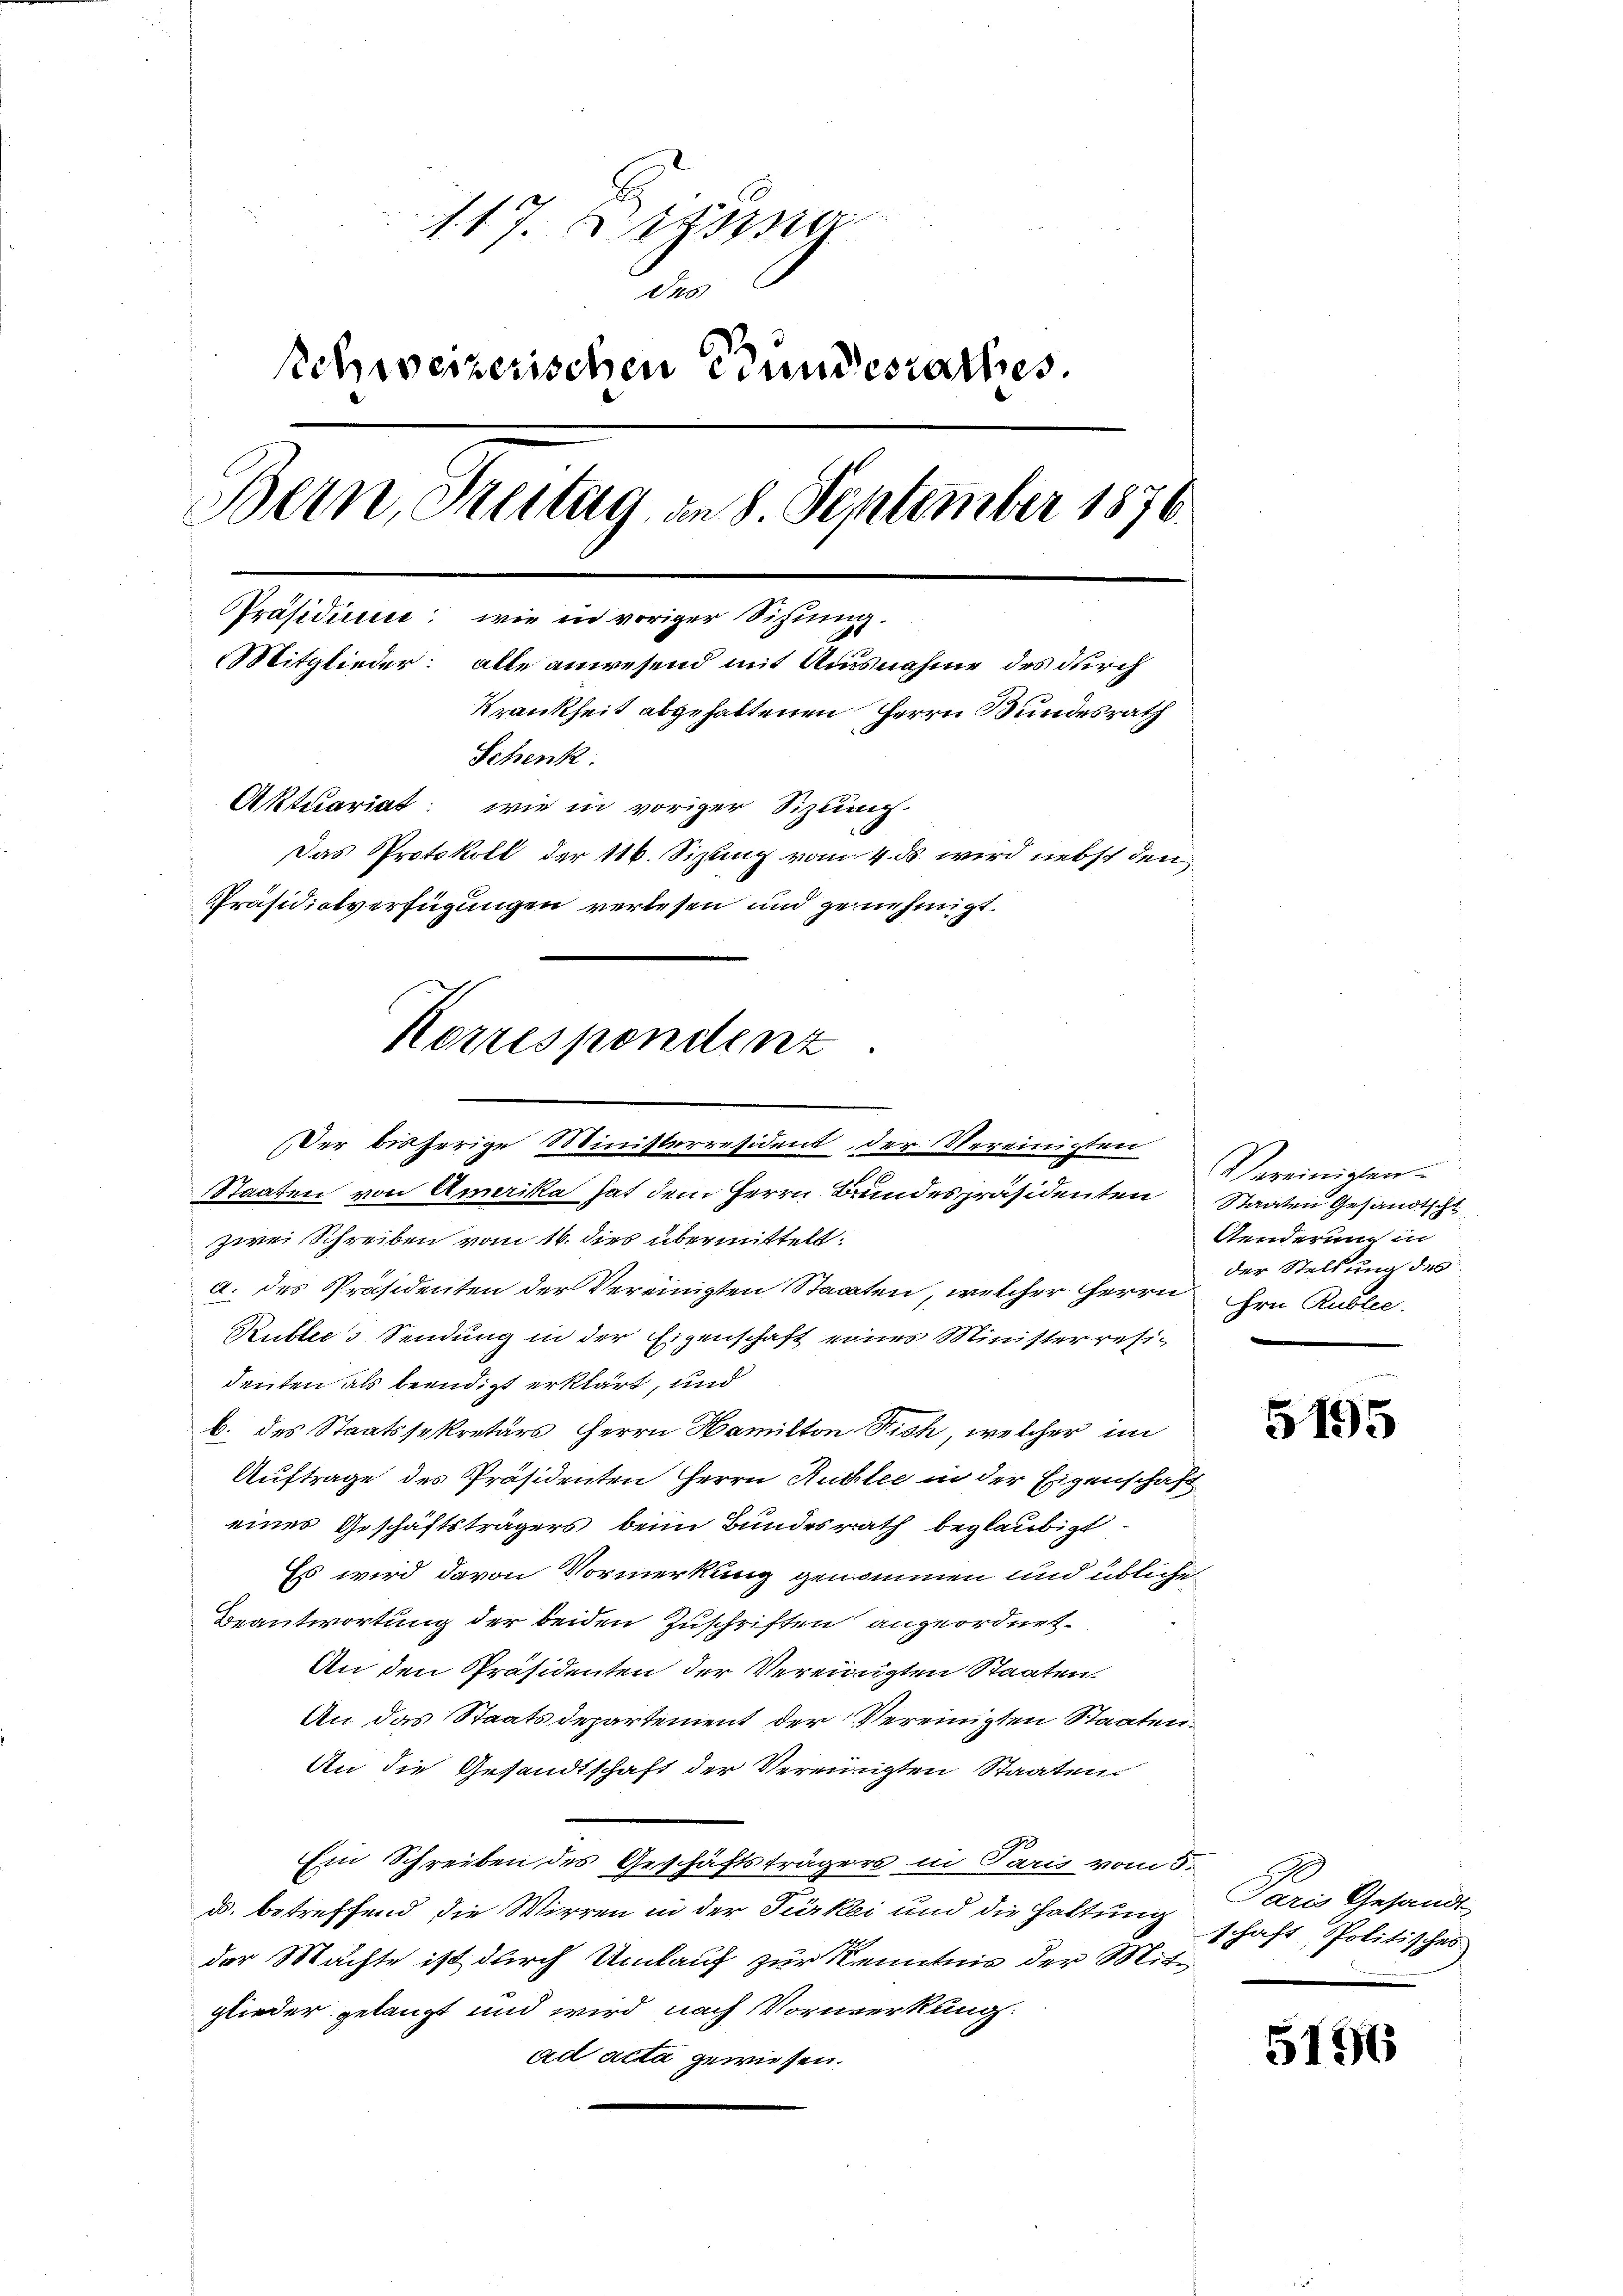
. 17. Eing
d
schweizerischen Grundesrathes.
Bern, Streitag, an 8. September 1876.
Präsidium: wie in voriger Sihung.
Mitglieder: alle anwesend mit Ausnahme des durch
Krankheit abgehaltenen Herrn Bundesrath
Schenk.
Aktuariat wie in voriger Sizlung.
Das Protokoll der 116. Sizting vom 4. ds. wird nebst den
Präsidiotverfügungen verlesen und genehmigt.

Korresponstenz

Der bisherige Ministerresident der Vereinigten
Staaten von Amerika hat dem Herrn Bundespräsidenten Staaten Gesandtschl
zwei Schreiben vom 16. dies übermittelt.
a. des Präsidenten der Vereinigten Staaten, welcher Herrn Hrn. Rublee.
Rublers Sendung in der Eigenschaft einer Ministerresi-
denten als beendigt erklärt, und
b. des Staatssekretärs Herrn Hamilton Dich, welcher im
Auftrage des Präsidenten Herrn Ruchlee in der Eigenschaft
eines Geschäftsträgers beim Bundesrath beglaubigt
Es wird davon Vormerkung genommen und übliche
Beantwortung der beiden Zuschriften angeordnet.
An den Präsidenten der Vereinigten Staaten
An das Staatsdepartement der Vereinigten Staaten.
An die Gesandtschaft der Vereinigten Staaten
Ein Schreiben des Geschäftsträgers in Paris vom 5.
d. betreffend die Wirren in der Türkei und die Haltung
der Machte ist durch Umlauf zur Kenntnis der Mitglieder gelangt und wird nach Vormerkung.
ad acta gewiesen.

Vereinigen
Aenderung in
der Stellung des

5195

Paris Gesandt-
schaft, Politisches

5196